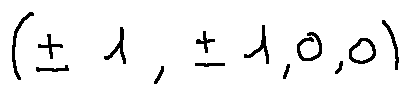
( \pm 1 , \pm 1 , 0 , 0 )